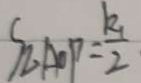
S _ { \Delta A O P } = \frac { k _ { 1 } } { 2 }